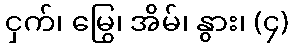
ငှက်၊ မြွေ၊ အိမ်၊ နွား၊ (၄)